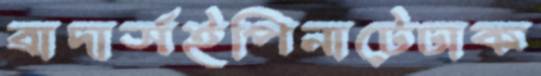
ব্রাদার্সইপিনাটেঢাক